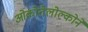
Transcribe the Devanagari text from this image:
ओकोतेलोल्कोने